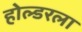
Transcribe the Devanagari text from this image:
होल्डरला